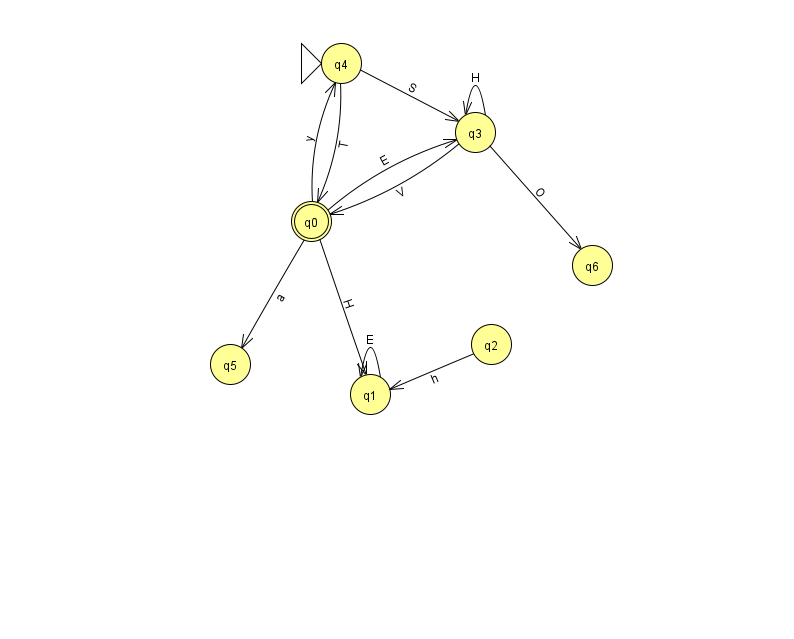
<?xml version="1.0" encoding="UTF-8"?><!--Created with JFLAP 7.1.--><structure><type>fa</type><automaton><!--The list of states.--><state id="0" name="q0"><x>311.0</x><y>208.0</y><final/></state><state id="1" name="q1"><x>370.0</x><y>381.0</y></state><state id="2" name="q2"><x>491.0</x><y>331.0</y></state><state id="3" name="q3"><x>475.0</x><y>119.0</y></state><state id="4" name="q4"><x>341.0</x><y>50.0</y><initial/></state><state id="5" name="q5"><x>230.0</x><y>351.0</y></state><state id="6" name="q6"><x>592.0</x><y>252.0</y></state><!--The list of transitions.--><transition><from>0</from><to>3</to><read>E</read></transition><transition><from>2</from><to>1</to><read>h</read></transition><transition><from>3</from><to>0</to><read>V</read></transition><transition><from>0</from><to>5</to><read>a</read></transition><transition><from>0</from><to>4</to><read>y</read></transition><transition><from>1</from><to>1</to><read>E</read></transition><transition><from>0</from><to>1</to><read>H</read></transition><transition><from>3</from><to>3</to><read>H</read></transition><transition><from>4</from><to>0</to><read>T</read></transition><transition><from>4</from><to>3</to><read>S</read></transition><transition><from>3</from><to>6</to><read>O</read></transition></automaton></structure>